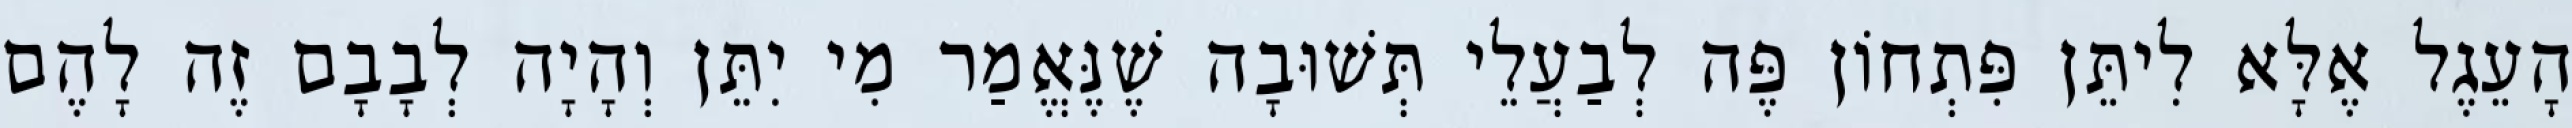
הָעֵגֶל אֶלָּא לִיתֵּן פִּתְחוֹן פֶּה לְבַעֲלֵי תְּשׁוּבָה שֶׁנֶּאֱמַר מִי יִתֵּן וְהָיָה לְבָבָם זֶה לָהֶם